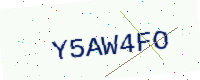
Text: Y5AW4FO